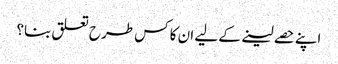
اپنے حصے لینے کے لیے ان کا کس طرح تعلق بنا؟